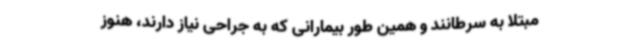
مبتلا به سرطانند و همین طور بیمارانی که به جراحی نیاز دارند، هنوز